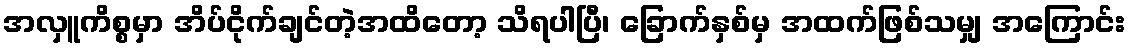
အလှူကိစ္စမှာ အိပ်ငိုက်ချင်တဲ့အထိတော့ သိရပါပြီ၊ ခြောက်နှစ်မှ အထက်ဖြစ်သမျှ အကြောင်း